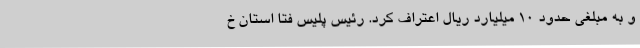
و به مبلغی حدود ۱۰ میلیارد ریال اعتراف کرد. رئیس پلیس فتا استان خ